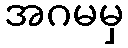
အဂမမှ